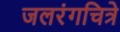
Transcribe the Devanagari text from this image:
जलरंगचित्रे